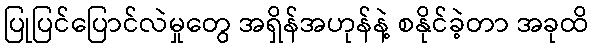
ပြုပြင်ပြောင်လဲမှုတွေ အရှိန်အဟုန်နဲ့ စနိုင်ခဲ့တာ အခုထိ